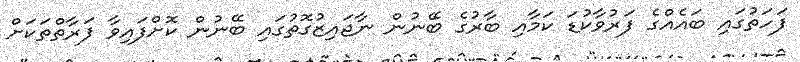
ފަހަތުގައި ބައެއްގެ ފަރުވާކުޑަ ކަމާއި ބާރުގެ ބޭނުން ނާޖައިޒުގޮތުގައި ބޭނުން ކޮށްފައިވާ ފަރާތްތަކަށް